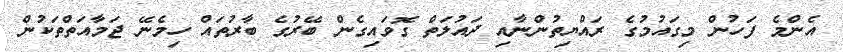
އެންމެ ފަހުން މިގައުމުގެ ރައްޔިތުންނާއި ދައުލަތް ގޮވައިގެން ބޭރުގެ ބާރުތައް ހިމެނޭ ޖަމާއަތްތަކުން